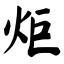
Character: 炬